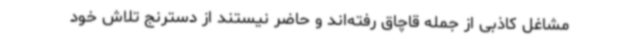
مشاغل کاذبی از جمله قاچاق رفته‌اند و حاضر نیستند از دسترنج تلاش خود